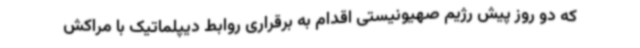
که دو روز پیش رژیم صهیونیستی اقدام به برقراری روابط دیپلماتیک با مراکش